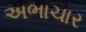
અભાચાર